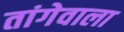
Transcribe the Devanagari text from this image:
तांगेवाला